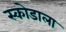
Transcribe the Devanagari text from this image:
स्कोडाला